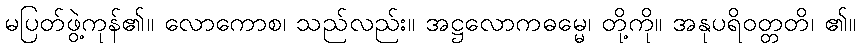
မပြတ်ဖွဲ့ကုန်၏။ လောကောစ၊ သည်လည်း။ အဋ္ဌလောကဓမ္မေ၊ တို့ကို။ အနုပရိဝတ္တတိ၊ ၏။